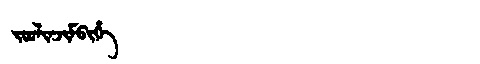
Manchu: ᠵᠣᠣᠯᡳᠨᠵᡳᠮᠪᡳᡥᡝ
Romanization: JOOLINJIMBIHE